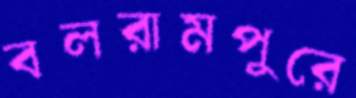
বলরামপুরে